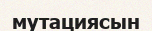
мутациясын